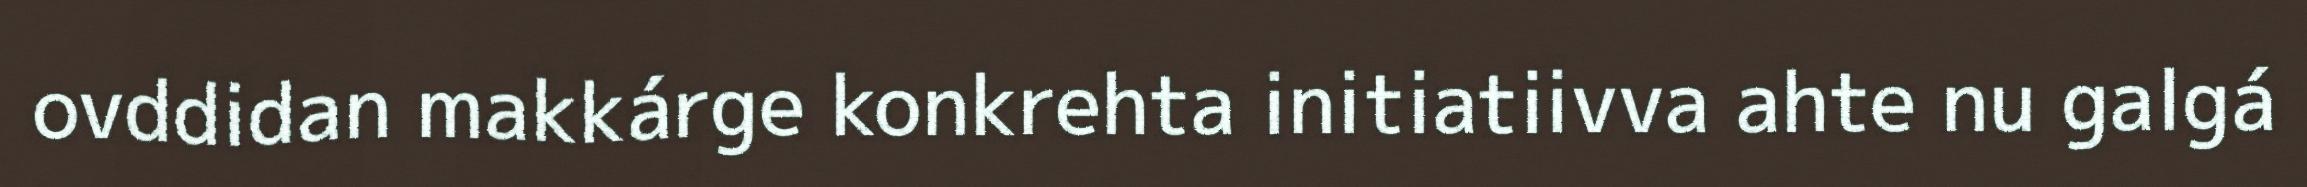
ovddidan makkárge konkrehta initiatiivva ahte nu galgá